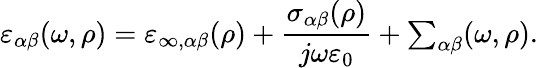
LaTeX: \varepsilon_{\alpha\beta}(\omega,\rho)=\varepsilon_{\infty,\alpha\beta}(\rho)+\frac{\sigma_{\alpha\beta}(\rho)}{j\omega\varepsilon_{0}}+{\textstyle\sum_{{\alpha\beta}}}(\omega,\rho).